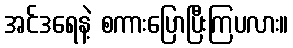
အင်ဒရေနဲ့ စကားပြောပြီးကြပလား။